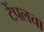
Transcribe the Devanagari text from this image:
टेंपलचा